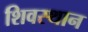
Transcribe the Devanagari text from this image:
शिवस्थान